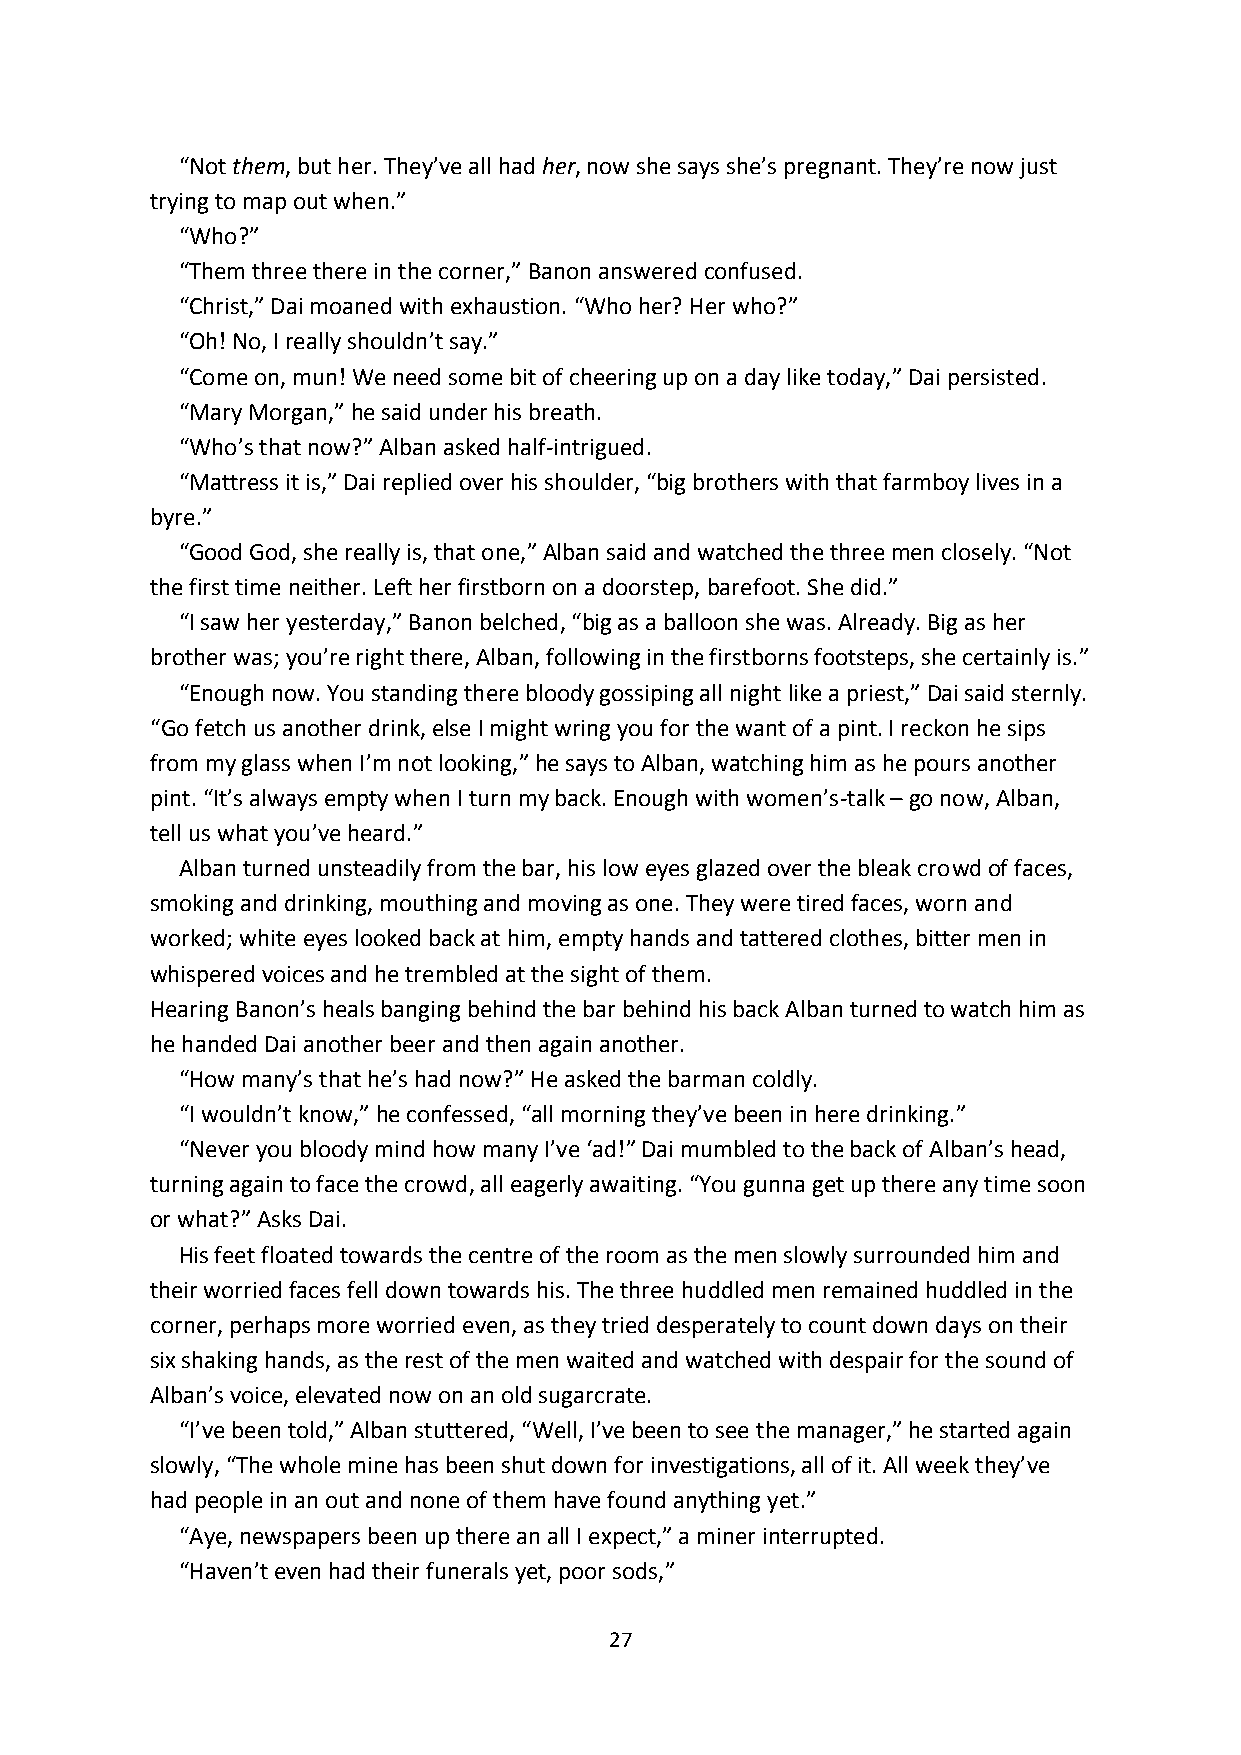
“Not them, but her. They’ve all had her, now she says she’s pregnant. They’re now just
 trying to map out when.”
 “Who?”
 “Them three there in the corner,” Banon answered confused.
 “Christ,” Dai moaned with exhaustion. “Who her? Her who?”
 “Oh! No, I really shouldn’t say.”
 “Come on, mun! We need some bit of cheering up on a day like today,” Dai persisted.
 “Mary Morgan,” he said under his breath.
 “Who’s that now?” Alban asked half-intrigued.
 “Mattress it is,” Dai replied over his shoulder, “big brothers with that farmboy lives in a
 byre.”
 “Good God, she really is, that one,” Alban said and watched the three men closely. “Not
 the first time neither. Left her firstborn on a doorstep, barefoot. She did.”
 “I saw her yesterday,” Banon belched, “big as a balloon she was. Already. Big as her
 brother was; you’re right there, Alban, following in the firstborns footsteps, she certainly is.”
 “Enough now. You standing there bloody gossiping all night like a priest,” Dai said sternly.
 “Go fetch us another drink, else I might wring you for the want of a pint. I reckon he sips
 from my glass when I’m not looking,” he says to Alban, watching him as he pours another
 pint. “It’s always empty when I turn my back. Enough with women’s-talk – go now, Alban,
 tell us what you’ve heard.”
 Alban turned unsteadily from the bar, his low eyes glazed over the bleak crowd of faces,
 smoking and drinking, mouthing and moving as one. They were tired faces, worn and
 worked; white eyes looked back at him, empty hands and tattered clothes, bitter men in
 whispered voices and he trembled at the sight of them.
 Hearing Banon’s heals banging behind the bar behind his back Alban turned to watch him as
 he handed Dai another beer and then again another.
 “How many’s that he’s had now?” He asked the barman coldly.
 “I wouldn’t know,” he confessed, “all morning they’ve been in here drinking.”
 “Never you bloody mind how many I’ve ‘ad!” Dai mumbled to the back of Alban’s head,
 turning again to face the crowd, all eagerly awaiting. “You gunna get up there any time soon
 or what?” Asks Dai.
 His feet floated towards the centre of the room as the men slowly surrounded him and
 their worried faces fell down towards his. The three huddled men remained huddled in the
 corner, perhaps more worried even, as they tried desperately to count down days on their
 six shaking hands, as the rest of the men waited and watched with despair for the sound of
 Alban’s voice, elevated now on an old sugarcrate.
 “I’ve been told,” Alban stuttered, “Well, I’ve been to see the manager,” he started again
 slowly, “The whole mine has been shut down for investigations, all of it. All week they’ve
 had people in an out and none of them have found anything yet.”
 “Aye, newspapers been up there an all I expect,” a miner interrupted.
 “Haven’t even had their funerals yet, poor sods,”
 27